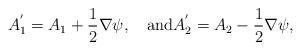
LaTeX: \begin{align*}A^{'}_{1}=A_{1}+\frac{1}{2}\nabla \psi,\quad\mbox{and} A^{'}_{2}=A_{2}-\frac{1}{2}\nabla\psi,\end{align*}